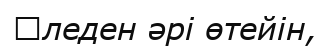
Ӏледен әрі өтейін,